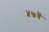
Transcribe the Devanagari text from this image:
५७वें